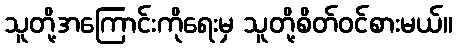
သူတို့အကြောင်းကိုရေးမှ သူတို့စိတ်ဝင်စားမယ်။